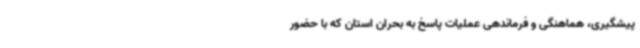
پیشگیری، هماهنگی و فرماندهی عملیات پاسخ به بحران استان که با حضور